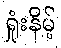
ရှုံးနိမ့်